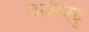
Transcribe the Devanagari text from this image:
बसेस्क्यु